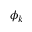
\phi _ { k }